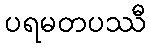
ပရမတပဿီ